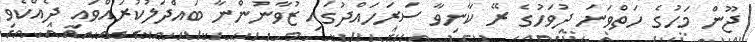
ޖޫން މަހުގެ ހަތްވަނަ ދުވަހުގެ ރޭ ކާނިވާ ސަރަހައްދުގައި ޒުވާނުންނާ ބައްދަލުކުރައްވައި ދެއްކެވި